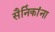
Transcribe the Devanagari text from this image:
सैनिंकांना